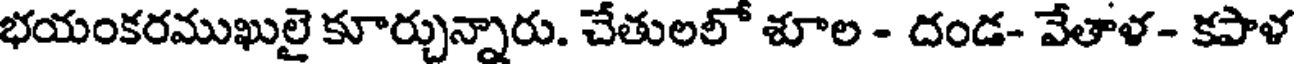
భయంకరముఖులై కూర్చున్నారు. చేతులలో శూల - దండ- వేతాళ- కపాళ